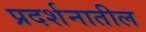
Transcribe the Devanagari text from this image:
प्रदर्शनातील